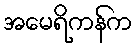
အမေရိကန်က